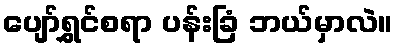
ပျော်ရွှင်စရာ ပန်းခြံ ဘယ်မှာလဲ။